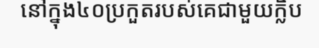
នៅក្នុង៤០ប្រកួតរបស់គេជាមួយក្លិប